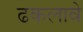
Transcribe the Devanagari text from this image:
ढकलावे